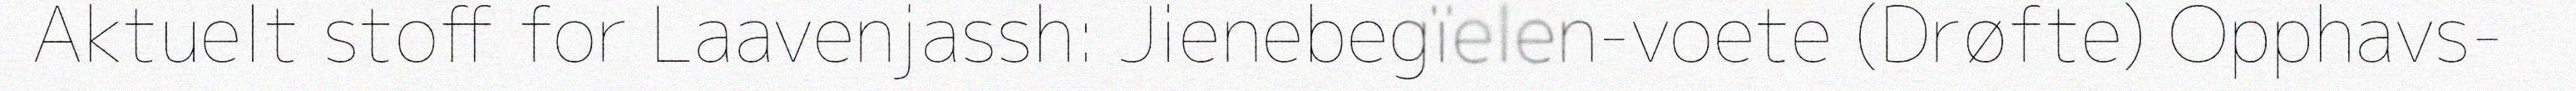
Aktuelt stoff for Laavenjassh: Jienebegïelen-voete (Drøfte) Opphavs-